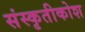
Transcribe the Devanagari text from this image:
संस्कृतीकोश